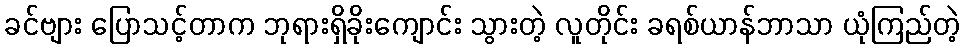
ခင်ဗျား ပြောသင့်တာက ဘုရားရှိခိုးကျောင်း သွားတဲ့ လူတိုင်း ခရစ်ယာန်ဘာသာ ယုံကြည်တဲ့